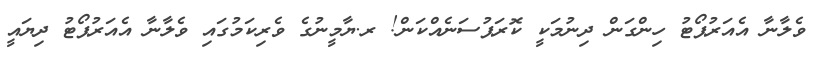
ވެލާނާ އެއަރުޕޯޓު ހިންގަން ދިނުމަކީ ކޮރަޕުސަނެއްކަން! ރ.ޔާމީނުގެ ވެރިކަމުގައި ވެލާނާ އެއަރުޕޯޓު ދިޔައީ